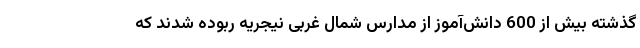
گذشته بیش از 600 دانش‌آموز از مدارس شمال غربی نیجریه ربوده شدند که